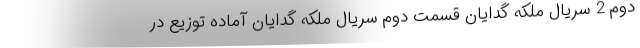
دوم 2 سریال ملکه گدایان قسمت دوم سریال ملکه گدایان آماده توزیع در